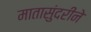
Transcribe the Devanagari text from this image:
मातासुंदरीने